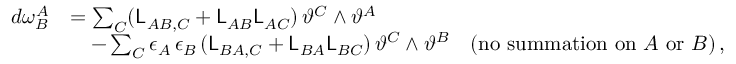
\begin{array} { r l } { d \omega ^ { A } _ { B } } & { = \sum _ { C } ( \mathsf { L } _ { A B , C } + \mathsf { L } _ { A B } \mathsf { L } _ { A C } ) \, \vartheta ^ { C } \wedge \vartheta ^ { A } } \\ & { \quad - \sum _ { C } \epsilon _ { A } \, \epsilon _ { B } \, ( \mathsf { L } _ { B A , C } + \mathsf { L } _ { B A } \mathsf { L } _ { B C } ) \, \vartheta ^ { C } \wedge \vartheta ^ { B } \quad ( \mathrm { n o ~ s u m m a t i o n ~ o n } ~ A ~ \mathrm { o r } ~ B ) \, , } \end{array}